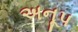
અનૂપ